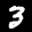
Label: 3